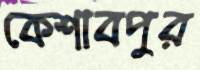
কেশাবপুর